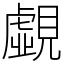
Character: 覷